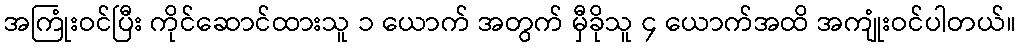
အကြုံးဝင်ပြီး ကိုင်ဆောင်ထားသူ ၁ ယောက် အတွက် မှီခိုသူ ၄ ယောက်အထိ အကျုံးဝင်ပါတယ်။